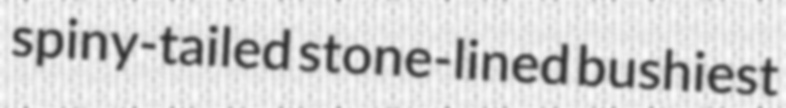
spiny-tailed stone-lined bushiest